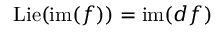
\operatorname { L i e } ( \operatorname { i m } ( f ) ) = \operatorname { i m } ( d f )